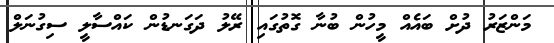
މަންޒަރު ދުށް ބައެއް މީހުން ބުނާ ގޮތުގައި ރޭލު ދަގަނޑުން ކައްސާލީ ސިގުނަލް